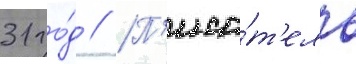
31 го́д // П'иса́т'ель